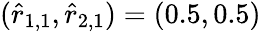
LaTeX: (\hat{r}_{1,1},\hat{r}_{2,1})=(0.5,0.5)